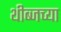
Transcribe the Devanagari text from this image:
थीब्जच्या